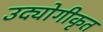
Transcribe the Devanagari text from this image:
उद्योगीकृत